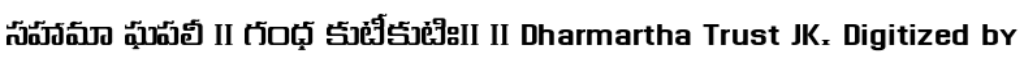
సహామా ఘపలీ ॥ గంధ కుటీకుటిః॥ ॥ Dharmartha Trust JK. Digitized by